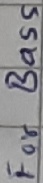
Text: For Bass